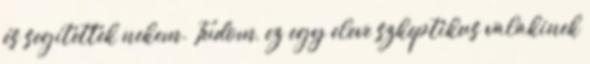
és segítettek nekem. Tudom, ez egy eleve szkeptikus valakinek